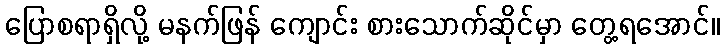
ပြောစရာရှိလို့ မနက်ဖြန် ကျောင်း စားသောက်ဆိုင်မှာ တွေ့ရအောင်။